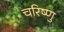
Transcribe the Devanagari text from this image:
चरिष्णु